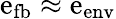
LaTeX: \mathrm{e}_{\mathrm{{fb}}}\approx\mathrm{e}_{\mathrm{{\mathrm{e}nv}}}